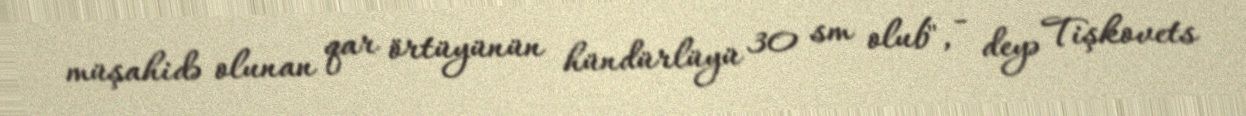
müşahidə olunan qar örtüyünün hündürlüyü 30 sm olub", - deyə Tişkovets